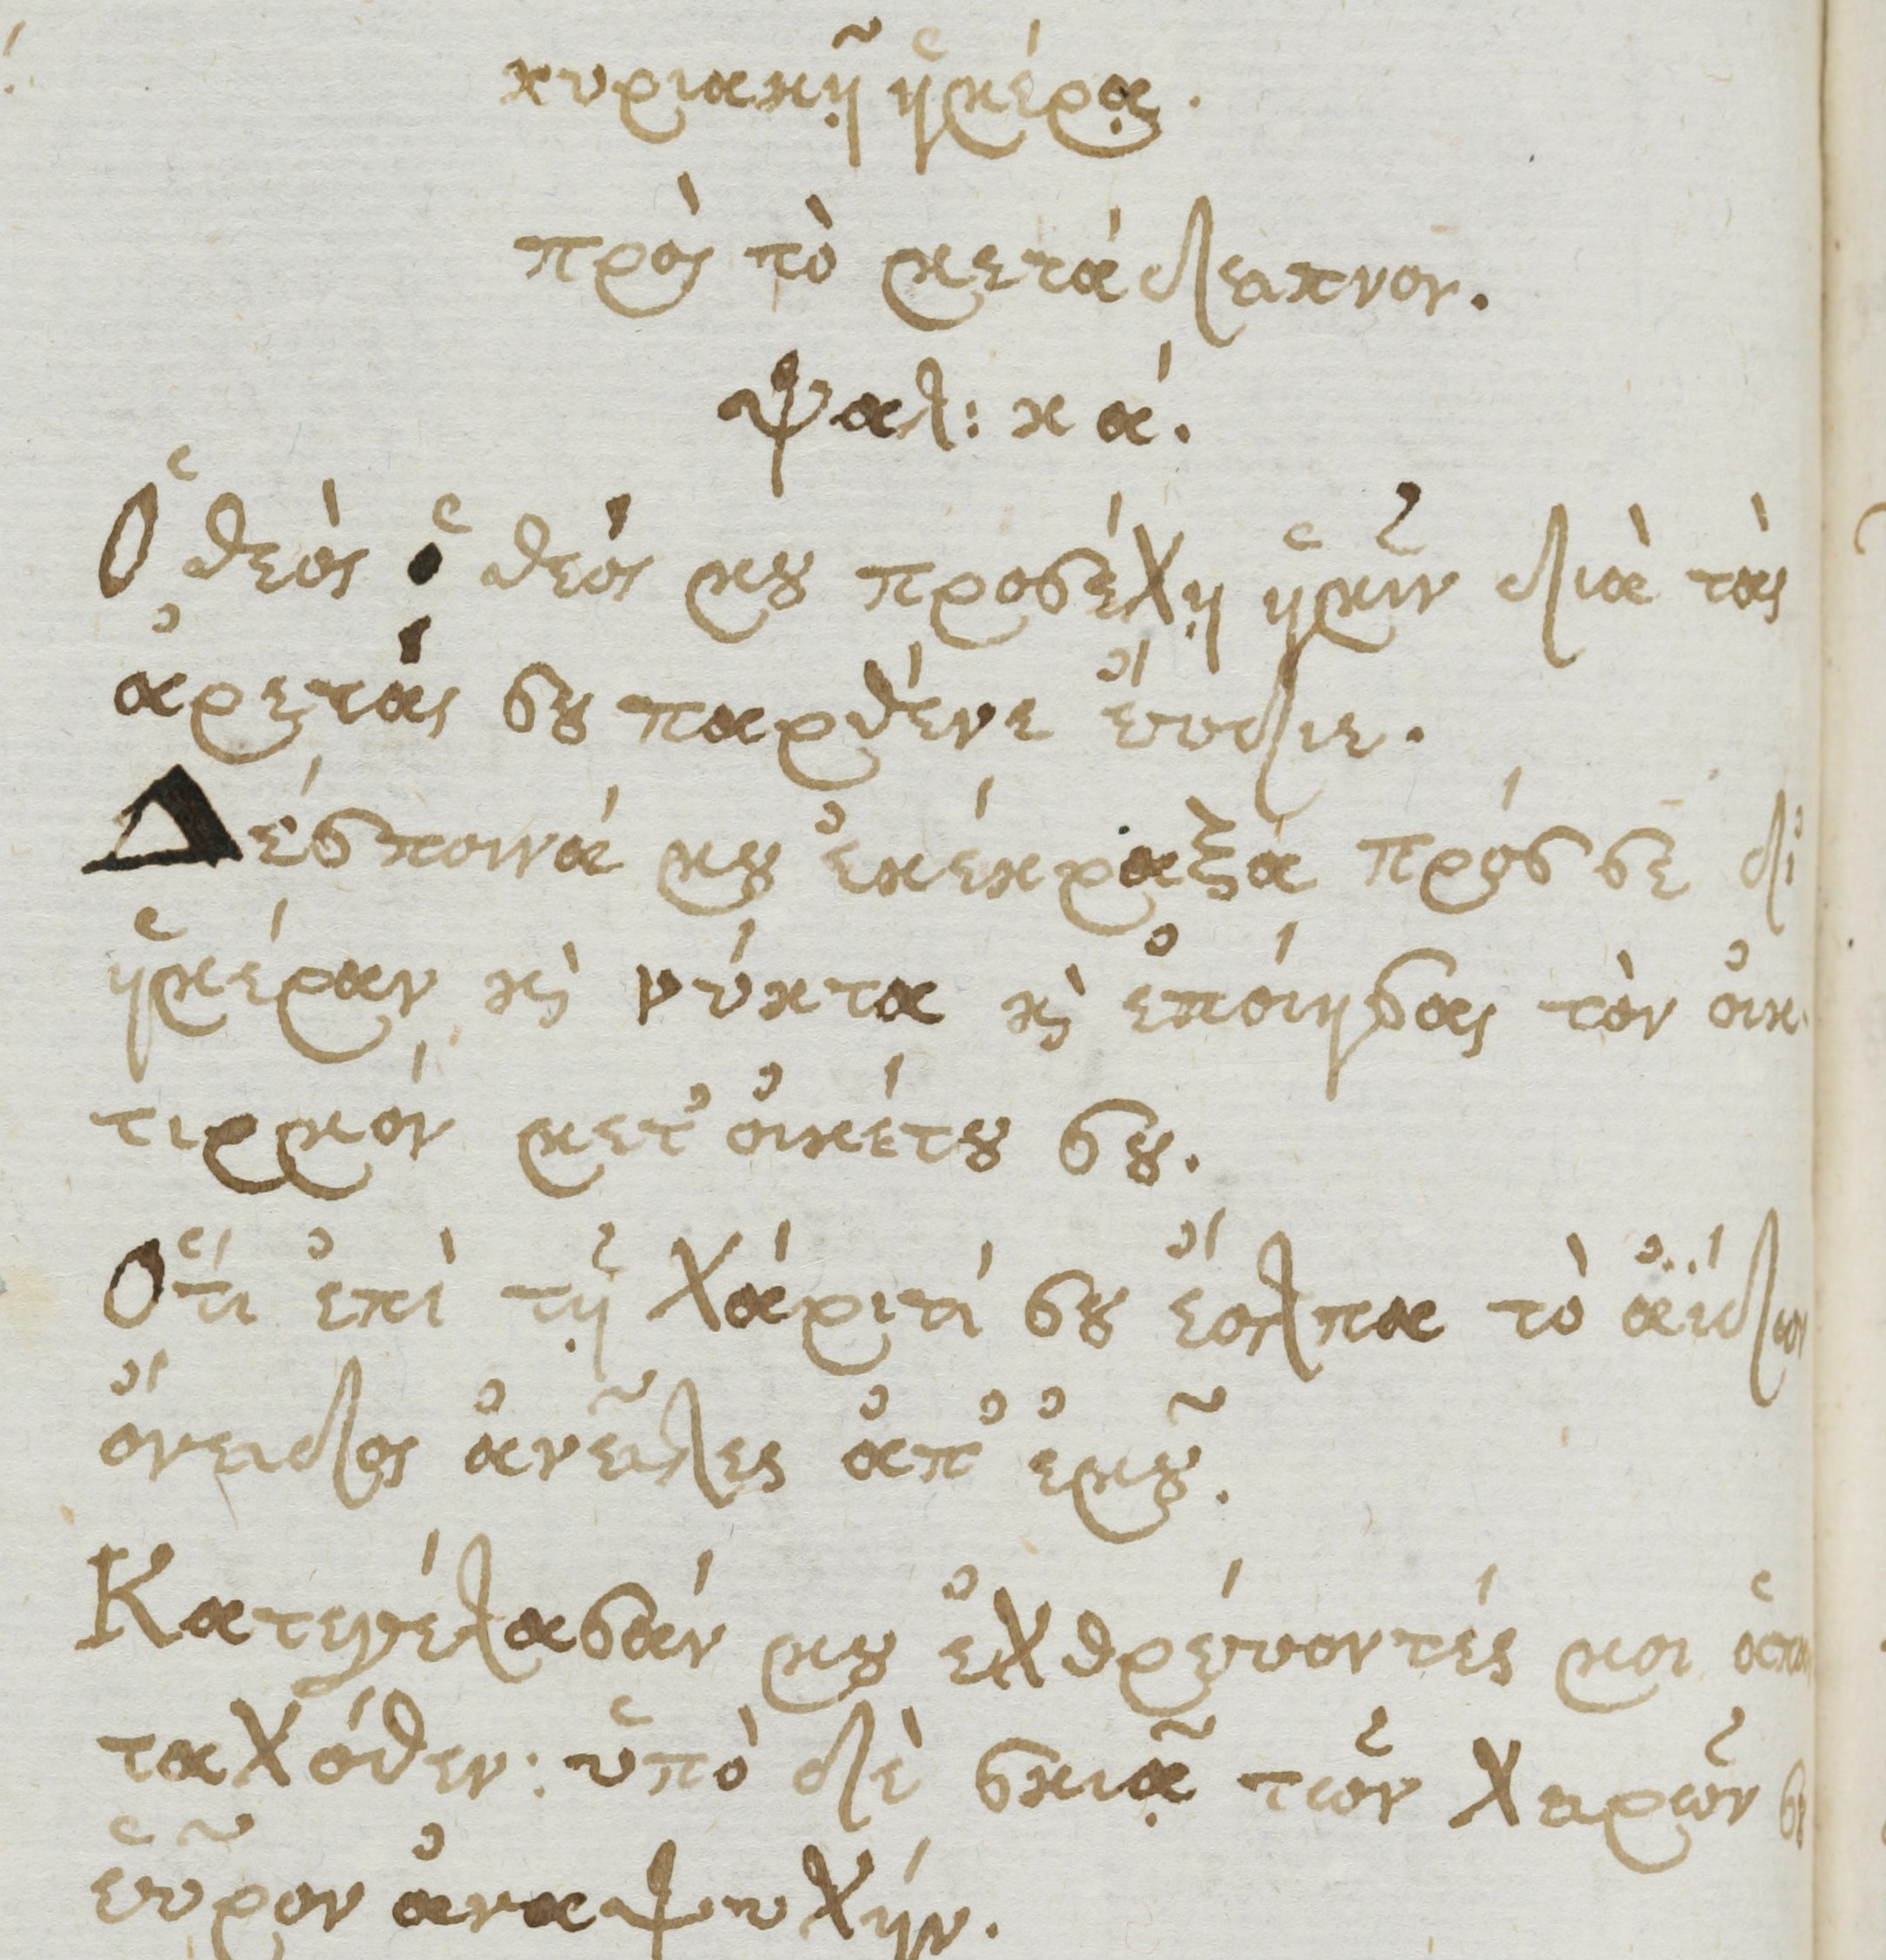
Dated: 1661–1661